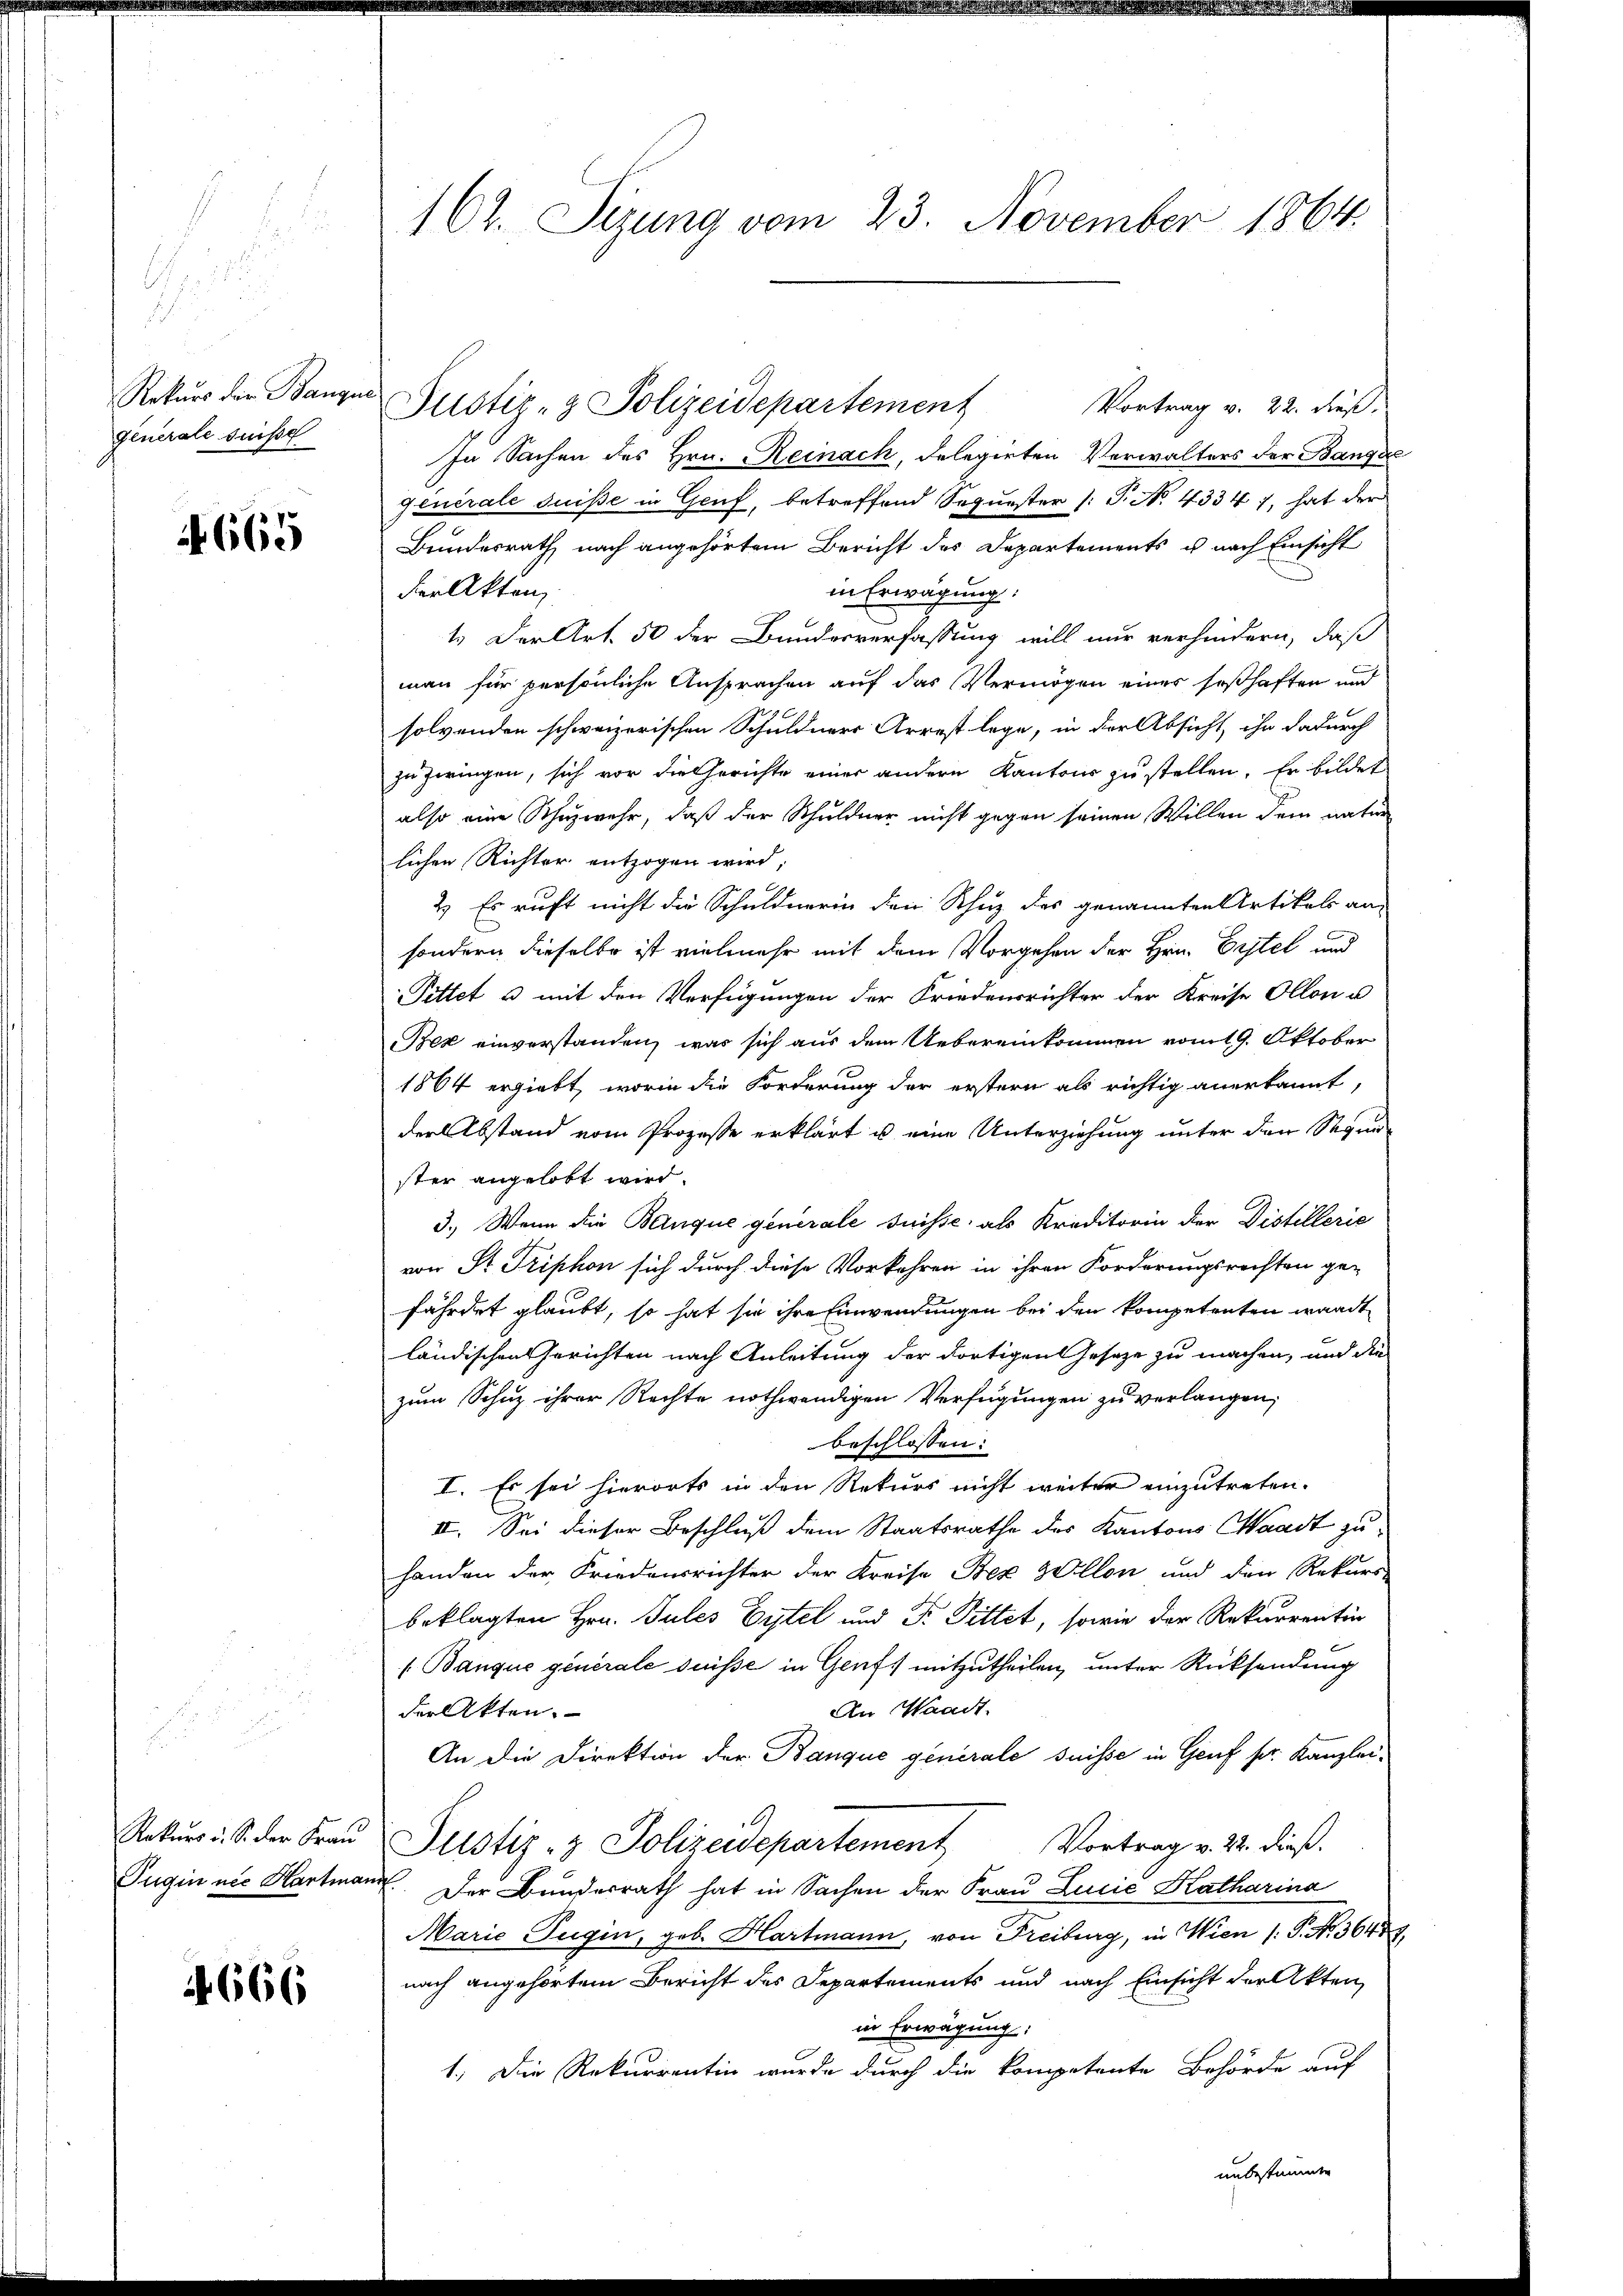
Rekurs der Banque
Generale suisse

665

Rekurs u. S. der Frau
Jugin nie Hartma

666

162. Sizung vom 23. November 1864.

Vortrag v. 22. dieß.
Justiz- & Polizeidepartement
In Sachen des Hrn. Reinach, delegirten Verwalters der Bangae
Generale suise in Genf, betreffend Sequester /: P. No. 43347, hat der
Bundesrath nach angehörtem Bericht des Departements u. nach Einsicht
der Akten,
in Erwägung:
1. Der Art. 50 der Bundesverfassung will nur verhindern, daß
man für persönliche Ansprachen auf das Vermögen eines seßhaften und
solvenden schweizerischen Schuldners Arrest lege, in der Absicht, ihn dadurch
zu zwingen, sich vor die Gerichte einer andern Kantons zu stellen. Er bildet
also eine Schuzwehr, daß der Schuldner nicht gegen seinen Willen dem natur
lichen Richter entzogen wird;
2. Es ruft nicht die Schuldnerin den Schuz des genannten Artikel an-
sondern dieselbe ist vielmehr mit dem Vorgehen der Hrn. Erstel und
Pittet u mit den Verfügungen der Friedensrichter der Kreise Ollon u
Bez einverstanden, was sich aus dem Uebereinkommen vom 19. Oktober
1864 ergiebt, worin die Forderung der erstern als richtig anerkannt,
der Abstand vom Prozesse erklärt u. eine Unterziehung unter den Segen-
ster angelobt wird.
3.) Wenn die Banque generale suisse, als Kreditorin der Distillerie
von Sr. Triphon sich durch diese Vorkehren in ihren Forderungsrechten ge-
fährdet glaubt, so hat sie ihre Einwendungen bei den kompetreten wardt
ländischen Gerichten nach Anleitung der dortigen Gesetze zu machen, und die
zum Schuz ihrer Rechte nothwendigen Verfügungen zu verlangen,
beschlossen:
I. Es sei hierorts in den Rekurs nicht weiter einzutreten.
II. Sei dieser Beschluß dem Staatsrathe des Kantons Waadt zuhanden der Friedensrichter der Kreise Bez Zollon und den Rekurs-
beklagten Hrn. Jules Eytel und T. Pittet, sowie der Rekurrentin
(Banque generale desse in Genf mitzutheilen, unter Rücksendung
An Waadt.
der Akten.
An die Direktion der Banque generale suisse in Genf sr. Kanzlei-
Justiz- & Polizeidepartement
Vortrag v. 22. dieß.
.. Der Bundesrath hat in Sachen der Frau Lucie Katharina
Marie Tugen, geb. Hartmann, von Freiburg, in Wien /: P. No. 36448.
nach angehörtem Bericht des Departements und nach Einsicht der Akten,
in Erwägung:
1.) Die Rekurrentin wurde durch die kompetente Behörde auf

unbesti